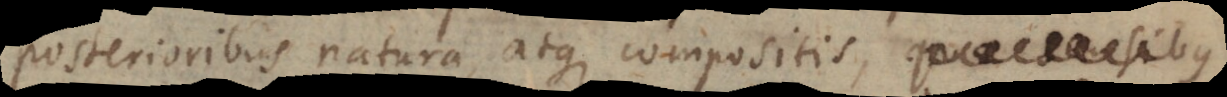
posterioribus natura, atque compositis,